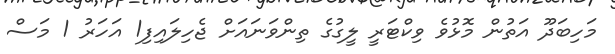
މަހިބަދޫ އަތުން މޮޅުވެ ވިކްޓަރީ ލީގުގެ ތިންވަނައަށް ޖެހިލައިފި1 އަހަރު 1 މަސް